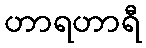
ဟာရဟာရီ